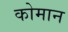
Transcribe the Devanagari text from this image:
कोमान